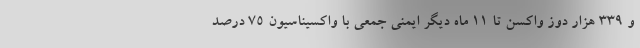
و 339 هزار دوز واکسن تا 11 ماه دیگر ایمنی جمعی با واکسیناسیون 75 درصد